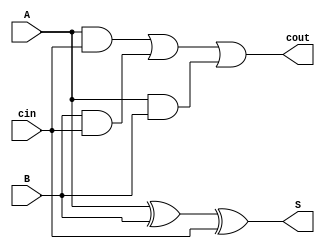
// Copyright (C) 2018  Intel Corporation. All rights reserved.
// Your use of Intel Corporation's design tools, logic functions 
// and other software and tools, and its AMPP partner logic 
// functions, and any output files from any of the foregoing 
// (including device programming or simulation files), and any 
// associated documentation or information are expressly subject 
// to the terms and conditions of the Intel Program License 
// Subscription Agreement, the Intel Quartus Prime License Agreement,
// the Intel FPGA IP License Agreement, or other applicable license
// agreement, including, without limitation, that your use is for
// the sole purpose of programming logic devices manufactured by
// Intel and sold by Intel or its authorized distributors.  Please
// refer to the applicable agreement for further details.

// PROGRAM		"Quartus Prime"
// VERSION		"Version 18.1.0 Build 625 09/12/2018 SJ Lite Edition"
// CREATED		"Tue Apr 19 10:50:27 2022"

module FullAdder(
	A,
	B,
	cin,
	S,
	cout
);


input wire	A;
input wire	B;
input wire	cin;
output wire	S;
output wire	cout;

wire	SYNTHESIZED_WIRE_0;
wire	SYNTHESIZED_WIRE_1;
wire	SYNTHESIZED_WIRE_2;
wire	SYNTHESIZED_WIRE_3;




assign	SYNTHESIZED_WIRE_3 = A ^ B;

assign	SYNTHESIZED_WIRE_2 = A & B;

assign	SYNTHESIZED_WIRE_0 = A & cin;

assign	SYNTHESIZED_WIRE_1 = B & cin;

assign	cout = SYNTHESIZED_WIRE_0 | SYNTHESIZED_WIRE_1 | SYNTHESIZED_WIRE_2;

assign	S = SYNTHESIZED_WIRE_3 ^ cin;


endmodule